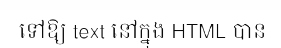
ទៅឱ្យ text នៅក្នុង HTML បាន